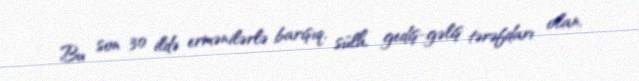
Bu son 30 ildə ermənilərlə barışıq, sülh, gediş-gəliş tərəfdarı olan,